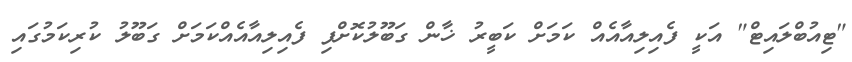
"ޓިއުބްލައިޓް" އަކީ ފެއިލިއާއެއް ކަމަށް ކަބީރު ޚާން ގަބޫލުކޮށްފި ފެއިލިއާއެއްކަމަށް ގަބޫލު ކުރިކަމުގައި